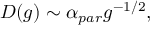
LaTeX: D ( g ) \sim \alpha _ { p a r } g ^ { - 1 / 2 } ,